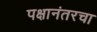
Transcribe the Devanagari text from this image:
पक्षानंतरचा